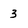
Character: 3